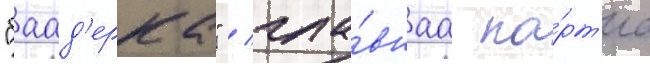
"баад'ерка" / гла́внаа па́рт'иа